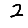
Digit: 2